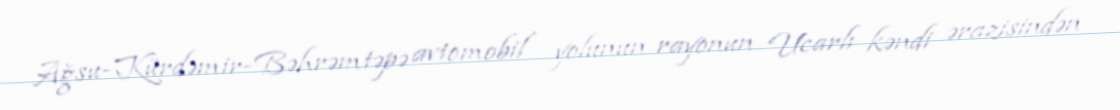
Ağsu-Kürdəmir-Bəhrəmtəpə avtomobil yolunun rayonun Ucarlı kəndi ərazisindən